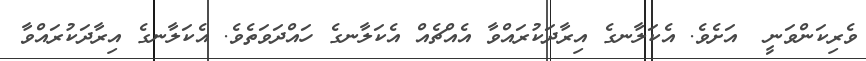
ވެރިކަންވަނީ  އަށެވެ. އެެކަލާނގެ އިރާދަކުރައްވާ އެއްޗެއް އެކަލާނގެ ހައްދަވަތެވެ. އެކަލާނގެ އިރާދަކުރައްވާ